Account of plague administration in the Bombay Presidency from September 1896 till May 1897
Year: 1896
Disease focus: Plague
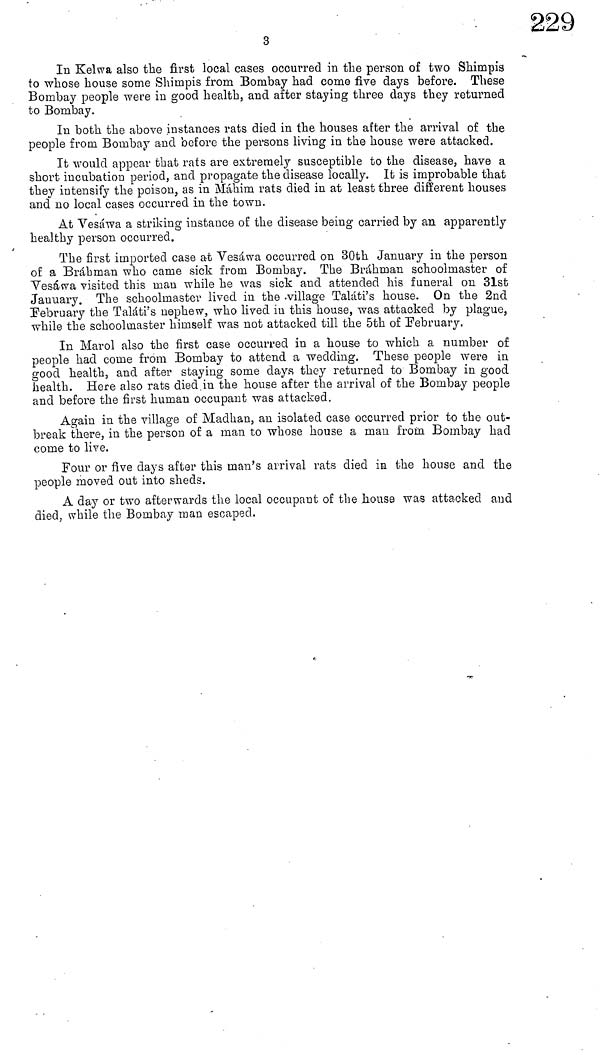
3
lu Kelwa also the first local cases occurred in the person of two Shimpis
to whose house some Shimpis from Bombay had come five days before. These
Bombay people were in good health, and after staying three days they returned
to Bombay.
In both the above instances rats died in the houses after the arrival of the
people from Bombay and before the persons living in the house were attacked.
It would appear that rats are extremely susceptible to the disease, have a
short incubation period, and propagate the disease locally. It is improbable that
they intensify the poison, as in Máhim rats died in at least three different houses
and no local cases occurred in the town.
At Vesáwa a striking instance of the disease being carried by an apparently
healthy person occurred.
The first imported case at Vesáwa occurred on 30th January in the person
of a Brahman who came sick from Bombay. The Brahman schoolmaster of
Vesáwa visited this man while he was sick and attended his funeral on 31st
January. The schoolmaster lived in the village Taláti's house. On the 2nd
February the Taláti's nephew, who lived in this house, was attacked by plague,
while the schoolmaster himself was not attacked till the 5th of February.
In Marol also the first case occurred in a house to which a number of
people had come from Bombay to attend a wedding. These people were in
good health, and after staying some days they returned to Bombay in good
health. Here also rats died in the house after the arrival of the Bombay people
and before the first human occupant was attacked.
Again in the village of Madhan, an isolated case occurred prior to the out-
break there, in the person of a man to whose house a man from Bombay had
come to live.
Four or five clays after this man's arrival rats died in the house and the
people moved out into sheds.
A day or two afterwards the local occupant of the house was attacked and
died, while the Bombay man escaped.